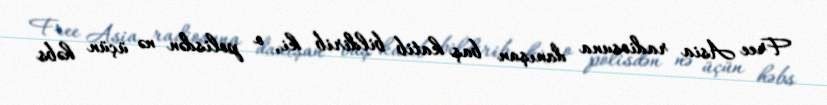
Free Asia radiosuna danışan baş katib bildirib ki, o polisdən nə üçün həbs